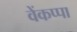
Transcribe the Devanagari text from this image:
वेंकप्पा